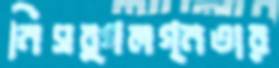
নিসর্গলগ্নতার